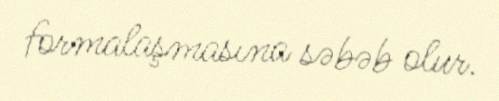
formalaşmasına səbəb olur.